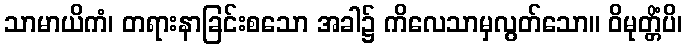
သာမာယိကံ၊ တရားနာခြင်းစသော အခါ၌ ကိလေသာမှလွတ်သော။ ဝိမုတ္တိံပိ၊